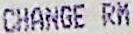
CHANGE RM